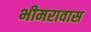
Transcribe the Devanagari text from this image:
भीमरावास